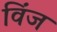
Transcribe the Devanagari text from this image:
विंज